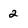
Character: 2